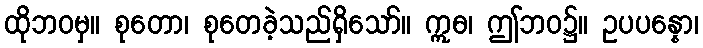
ထိုဘဝမှ။ စုတော၊ စုတေခဲ့သည်ရှိသော်။ ဣဓ၊ ဤဘဝ၌။ ဥပပန္နော၊